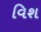
વિશ